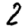
Digit: 2